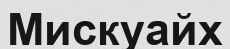
Мискуайх